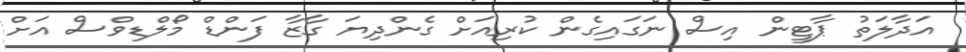
އަދާލަތު ޕާޓީން އިސް ނަގައިގެން ކުރިއަށް ގެންދިޔަ ގާޒާ ފަންޑް މޯލްޑިވްސް އަށް